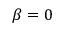
\beta = 0